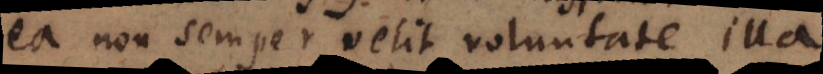
ea non semper velit voluntate illa